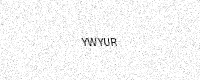
Text: YWYUR